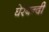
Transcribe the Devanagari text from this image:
घेरेबन्दी